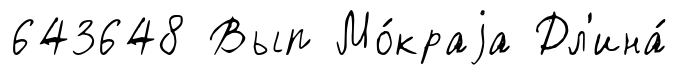
643648 Вып Мо́краjа Дл'ина́